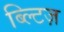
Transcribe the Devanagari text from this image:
ब्ल्टिज़